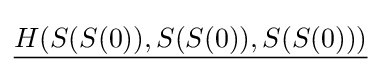
{\underline {H(S(S(0)),S(S(0)),S(S(0)))}}